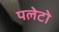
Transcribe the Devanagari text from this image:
पलेटो